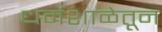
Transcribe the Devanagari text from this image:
धर्मशाळेतून